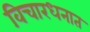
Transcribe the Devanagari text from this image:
विचारधनात